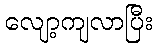
လျော့ကျလာပြီး